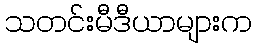
သတင်းမီဒီယာများက